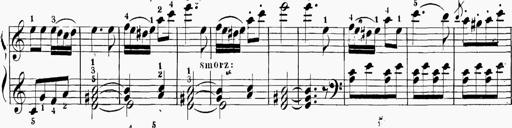
Title: 6 Sonatinas
Composer: Carl Reinecke